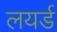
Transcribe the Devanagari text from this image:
लयर्ड